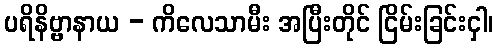
ပရိနိဗ္ဗာနာယ - ကိလေသာမီး အပြီးတိုင် ငြိမ်းခြင်းငှါ၊